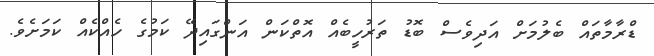
ޑްރާމާތައް ބެލުމަށް އަދިވެސް ބޮޑު ތަރުހީބެއް އޮތްކަން އަންގައިދޭ ކަމުގެ ހެއްކެއް ކަމަށެވެ.